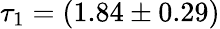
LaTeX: \tau_{1}=(1.84\pm 0.29)